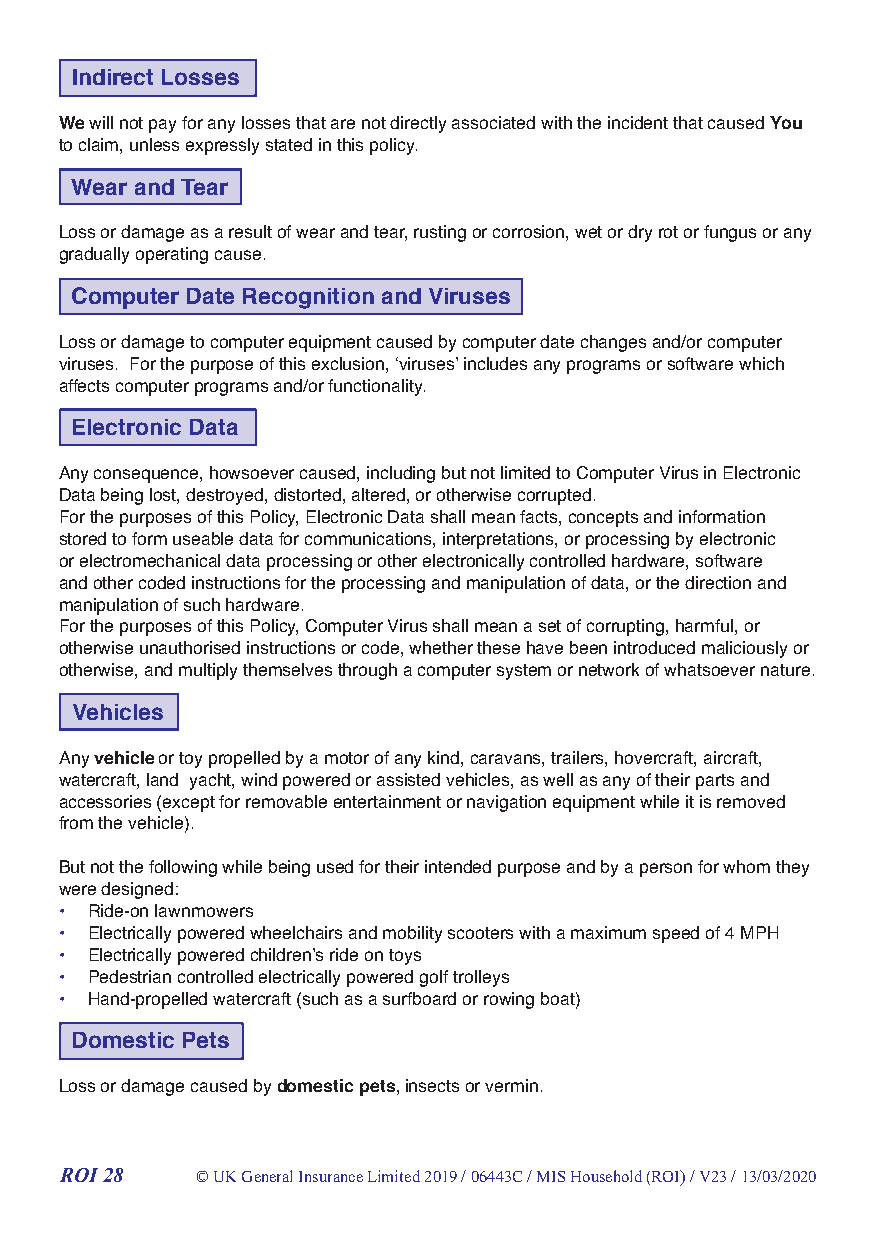
Indirect Losses
 We will not pay for any losses that are not directly associated with the incident that caused You
 to claim, unless expressly stated in this policy.
 Wear and Tear
 Loss or damage as a result of wear and tear, rusting or corrosion, wet or dry rot or fungus or any
 gradually operating cause.
 Computer Date Recognition and Viruses
 Loss or damage to computer equipment caused by computer date changes and/or computer
 viruses. For the purpose of this exclusion, ‘viruses’ includes any programs or software which
 affects computer programs and/or functionality.
 Electronic Data
 Any consequence, howsoever caused, including but not limited to Computer Virus in Electronic
 Data being lost, destroyed, distorted, altered, or otherwise corrupted.
 For the purposes of this Policy, Electronic Data shall mean facts, concepts and information
 stored to form useable data for communications, interpretations, or processing by electronic
 or electromechanical data processing or other electronically controlled hardware, software
 and other coded instructions for the processing and manipulation of data, or the direction and
 manipulation of such hardware.
 For the purposes of this Policy, Computer Virus shall mean a set of corrupting, harmful, or
 otherwise unauthorised instructions or code, whether these have been introduced maliciously or
 otherwise, and multiply themselves through a computer system or network of whatsoever nature.
 Vehicles
 Any vehicle or toy propelled by a motor of any kind, caravans, trailers, hovercraft, aircraft,
 watercraft, land yacht, wind powered or assisted vehicles, as well as any of their parts and
 accessories (except for removable entertainment or navigation equipment while it is removed
 from the vehicle).
 But not the following while being used for their intended purpose and by a person for whom they
 were designed:
 • Ride-on lawnmowers
 • Electrically powered wheelchairs and mobility scooters with a maximum speed of 4 MPH
 • Electrically powered children’s ride on toys
 • Pedestrian controlled electrically powered golf trolleys
 • Hand-propelled watercraft (such as a surfboard or rowing boat)
 Domestic Pets
 Loss or damage caused by domestic pets, insects or vermin.
 ROI 28   © UK General Insurance Limited 2019 / 06443C / MIS Household (ROI) / V23 / 13/03/2020